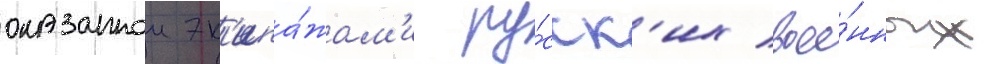
оказаннои эк'ипа́жам'и ру́сск'их вое́нных